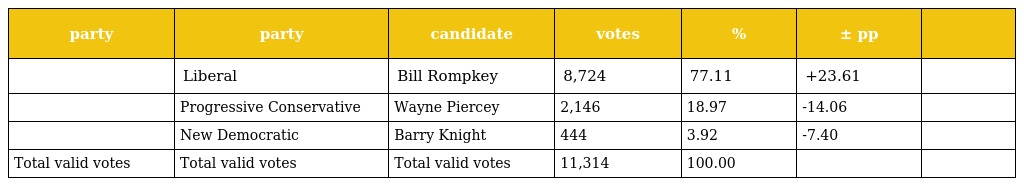
| party | party | candidate | votes | % | ± pp |  |
 | --- | --- | --- | --- | --- | --- | --- |
 |  | Liberal | Bill Rompkey | 8,724 | 77.11 | +23.61 |  |
 |  | Progressive Conservative | Wayne Piercey | 2,146 | 18.97 | -14.06 |  |
 |  | New Democratic | Barry Knight | 444 | 3.92 | -7.40 |  |
 | Total valid votes | Total valid votes | Total valid votes | 11,314 | 100.00 |  |  |